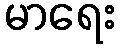
မာရေး